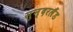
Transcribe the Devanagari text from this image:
सुन्दरलैंड